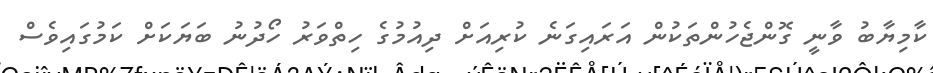
ކާމިޔާބު ވާނީ ގޮންޖެހުންތަކުން އަރައިގަނެ ކުރިއަށް ދިއުމުގެ ހިތްވަރު ހޯދުނު ބަޔަކަށް ކަމުގައިވެސް